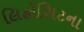
લિહોસિટના